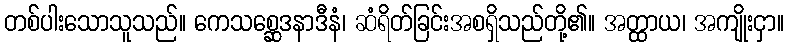
တစ်ပါးသောသူသည်။ ကေသစ္ဆေဒနာဒီနံ၊ ဆံရိတ်ခြင်းအစရှိသည်တို့၏။ အတ္ထာယ၊ အကျိုးငှာ။